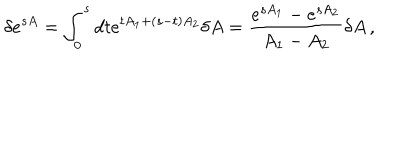
\delta e ^ { s A } = \int _ { 0 } ^ { s } d t e ^ { t A _ { 1 } + ( s - t ) A _ { 2 } } \delta A = \frac { e ^ { s A _ { 1 } } - e ^ { s A _ { 2 } } } { A _ { 1 } - A _ { 2 } } \delta A \, ,